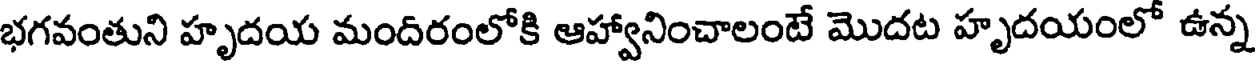
భగవంతుని హృదయ మందిరంలోకి ఆహ్వానించాలంటే మొదట హృదయంలో ఉన్న